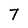
Character: 7